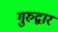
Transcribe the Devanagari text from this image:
गुरुद्वार